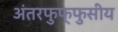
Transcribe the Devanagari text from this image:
अंतरफुफ्फुसीय